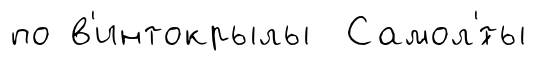
по в'интокрылы Самол'́ты